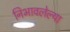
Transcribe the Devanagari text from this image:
निभावलेल्या